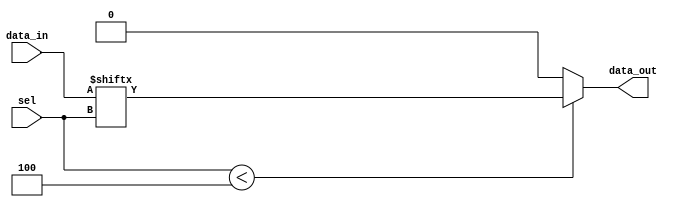
module parameterized_mux #(
    parameter N = 4 // Number of data inputs
) (
    input  wire [N-1:0] data_in, // Data inputs
    input  wire [$clog2(N)-1:0] sel, // Select lines
    output reg  data_out // Output
);

    always @(*) begin
        // Default output (optional handling for out-of-range select)
        data_out = 1'b0; // Default value (can be modified as needed)

        // Check if the select signal is within range
        if (sel < N) begin
            data_out = data_in[sel]; // Select the corresponding data input
        end
        // else: data_out remains at default value (optional)
    end

endmodule